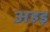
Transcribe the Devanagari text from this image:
अहइ